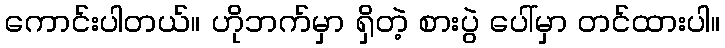
ကောင်းပါတယ်။ ဟိုဘက်မှာ ရှိတဲ့ စားပွဲ ပေါ်မှာ တင်ထားပါ။